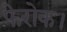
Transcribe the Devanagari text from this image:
फेरोक।